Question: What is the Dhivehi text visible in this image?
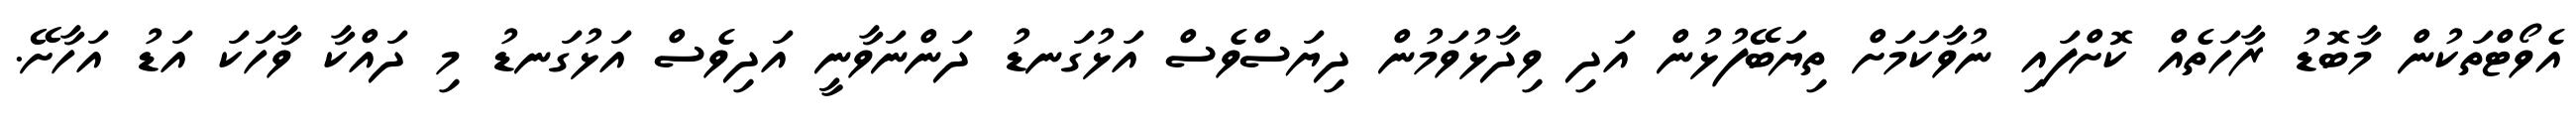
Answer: އެވޯޓްތަކުން މާބޮޑު ރާހަތެއް ކޮށްފައި ނުވާކަމަށް ތިޔަބޭފުޅުން އަދި ވިދާޅުވަމުން ދިޔަސްވެސް އަޅުގަނޑު ދަންނަވާނީ އަދިވެސް އަޅުގަނޑު މި ދައްކާ ވާހަކަ އަޑު އަހާށޭ.